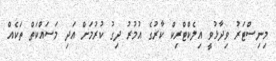
މިނިސްޓަރު ވިދާޅުވީ އިލެކްޓްރިކް ކާރުގެ އުމުރު ދިގު ކުރުމަށް އަދި މަސައްކަތް ތަކެއް